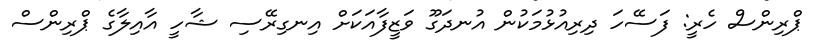
ޕްރިންސް ހެރީ: ފަސޭހަ ދިރިއުޅުމަކުން އުނދަގޫ ވަޒީފާއަކަށް އިނގިރޭސި ޝާހީ އާއިލާގެ ޕްރިންސް